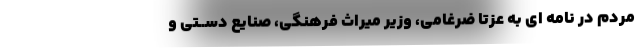
مردم در نامه ای به عزتا ضرغامی، وزیر میراث فرهنگی، صنایع دســتی و